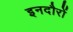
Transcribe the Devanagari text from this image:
इनदौरों